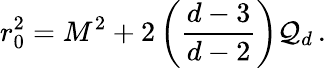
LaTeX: r_{0}^{2}=M^{2}+2\left(\frac{d-3}{d-2}\right){\cal Q}_{d}\, .